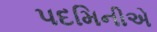
પદમિનીએ